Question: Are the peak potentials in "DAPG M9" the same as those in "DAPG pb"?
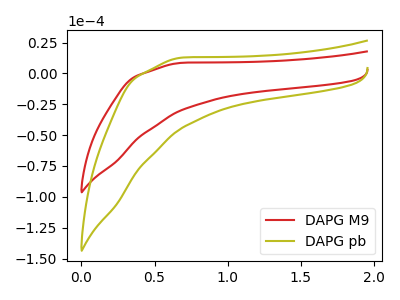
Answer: <think>The red curve "DAPG M9" has no peaks. The olive curve "DAPG pb" has no peaks.</think>
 <answer>Niether CV has any peaks.</answer>
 <eval>blanks</eval>